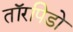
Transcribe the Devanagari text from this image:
तॉरपिडो